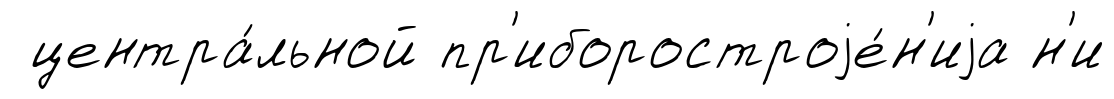
центра́льной пр'иборостроjе́н'иjа н'и